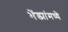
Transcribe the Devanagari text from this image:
भेंड्यांमध्ये